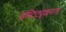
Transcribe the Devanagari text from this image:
इंस्टिट्यूशनल